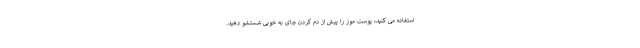
استفاده می کنید، پوست موز را پیش از دم کردن چای به خوبی شستشو دهید.